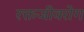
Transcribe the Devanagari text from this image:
रक्तजीवरोग